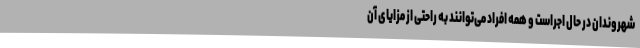
شهروندان در حال اجراست و همه افراد می‌توانند به راحتی از مزایای آن